Lunatic asylums in Bengal annual reports 1912-1924 - 1912-1924
Year: 1912
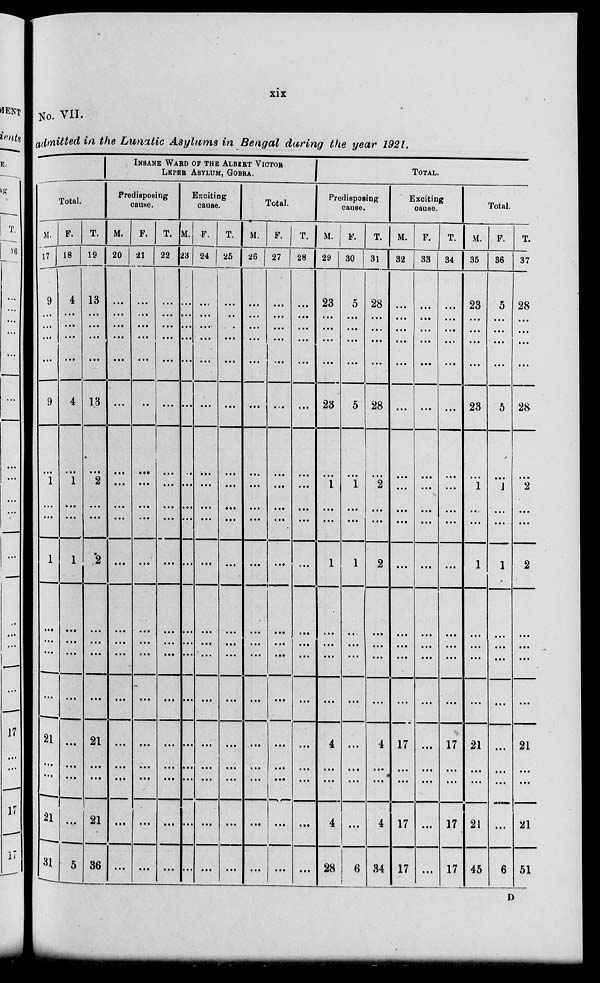
xix
No. VII.
admitted in the Lunatic Asylums in Bengal during the year 1921.
Total.
M.
17
9
…
...
…
…
9
…
1
...
...
1
...
...
...
...
21
...
...
21
31
F.
18
4
…
...
...
...
4
...
1
…
...
1
...
...
...
...
...
...
...
...
5
T.
19
13
...
...
...
...
13
...
2
...
...
2
...
...
...
...
21
...
...
21
36
INSANE WARD OF THE ALBERT VICTOR
LEPER
ASYLUM,
GOBBA.
Predisposing
cause.
M.
20
...
...
...
...
...
...
...
...
...
…
...
...
...
...
...
...
...
…
...
...
F.
21
...
...
...
...
...
…
...
...
...
...
...
...
...
...
...
...
...
...
...
...
T.
22
...
...
...
...
...
...
...
...
...
...
...
...
...
...
...
…
…
…
…
…
Exciting
cause.
M.
23
…
…
…
…
…
…
…
…
…
…
...
…
…
…
…
…
…
…
…
…
F.
24
…
…
…
…
…
…
…
…
…
…
...
…
…
…
…
…
…
…
...
…
T.
26
…
…
…
...
...
...
...
...
...
...
...
...
...
...
...
...
...
...
…
...
Total.
M.
26
...
...
...
…
...
...
…
...
...
...
...
...
...
...
...
...
...
...
...
...
F.
27
...
...
...
...
...
...
...
...
...
...
...
...
...
...
...
...
...
...
...
...
T.
28
...
...
...
...
...
...
...
...
...
...
...
...
...
…
...
...
...
...
...
...
TOTAL.
Predisposing
cause.
M.
29
23
...
...
...
...
23
...
1
...
...
1
...
...
…
...
4
...
...
4
28
F.
30
5
...
...
...
...
5
…
1
...
...
1
…
...
...
...
...
...
...
...
6
T.
31
28
...
...
...
...
28
…
2
...
...
2
...
...
...
...
4
...
...
4
34
Exciting
cause.
M.
32
...
...
...
...
...
...
...
...
...
...
...
...
...
...
...
17
…
...
17
17
F.
33
...
...
...
...
...
...
...
...
...
...
...
...
...
...
...
...
...
...
...
...
T.
34
...
...
...
...
...
...
...
...
...
...
...
...
...
...
...
17
…
...
17
17
Total.
M.
35
23
...
...
...
…
23
...
1
…
…
1
...
...
...
...
21
...
...
21
45
F.
36
5
...
...
...
…
5
...
1
...
...
1
...
...
...
...
...
...
...
…
6
T.
37
28
...
...
...
...
28
...
2
...
...
2
…
...
...
…
21
...
...
21
51
D